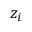
z _ { i }